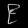
Digit: ၉